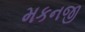
મકનજી